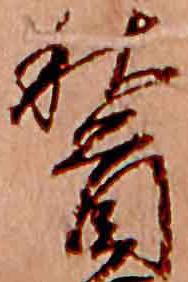
稽